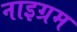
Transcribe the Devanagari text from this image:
नाइग्रम